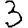
Digit: 3